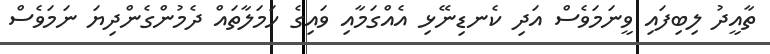
ތާއީދު ލިބިފައި ވީނަމަވެސް އަދި ކެނޑިނޭޅި އެއްގަމާއި ވައިގެ ހަމަލާތައް ދެމުންގެންދިޔަ ނަމަވެސް